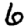
Digit: 6